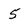
Character: 5